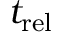
t _ { \mathrm { r e l } }